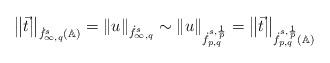
LaTeX: \begin{align*}\left\|\vec{t}\right\|_{\dot f_{\infty,q}^s(\mathbb{A})}=\|u\|_{\dot f_{\infty,q}^s}\sim\|u\|_{\dot f_{p,q}^{s,\frac{1}{p}}}=\left\|\vec{t}\right\|_{\dot f_{p,q}^{s,\frac{1}{p}}(\mathbb{A})}\end{align*}